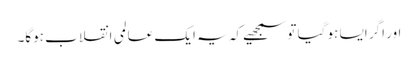
اور اگر ایسا ہو گیا تو سمجھیے کہ یہ ایک عالمی انقلاب ہوگا۔